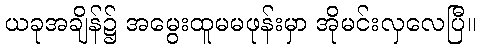
ယခုအချိန်၌ အမွေးထူမမဖုန်းမှာ အိုမင်းလှလေပြီ။